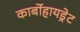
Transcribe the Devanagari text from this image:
कार्बोहायड्रेट